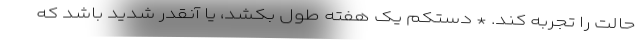
حالت را تجربه کند. * دستکم یک هفته طول بکشد، یا آنقدر شدید باشد که